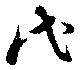
代